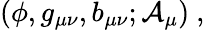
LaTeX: (\phi,g_{\mu\nu},b_{\mu\nu};{\cal A}_{\mu})\ ,